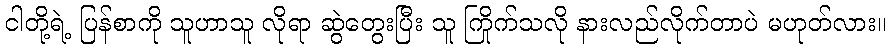
ငါတို့ရဲ့ ပြန်စာကို သူဟာသူ လိုရာ ဆွဲတွေးပြီး သူ ကြိုက်သလို နားလည်လိုက်တာပဲ မဟုတ်လား။